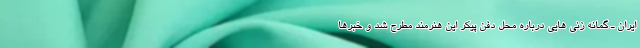
ایران ـ گمانه زنی هایی درباره محل دفن پیکر این هنرمند مطرح شد و خبرها